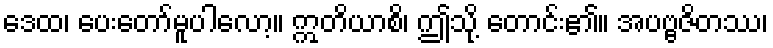
ဒေထ၊ ပေးတော်မူပါလော့။ ဣတိယာစိ၊ ဤသို့ တောင်း၏။ အပဗ္ဗဇိတဿ၊